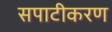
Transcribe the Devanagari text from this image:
सपाटीकरण